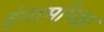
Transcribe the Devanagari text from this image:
हंगामांपेक्षा